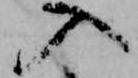
入